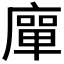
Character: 𭙴